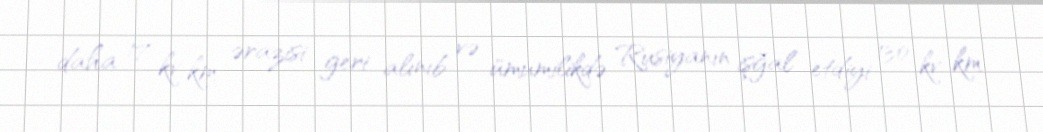
daha 17 kv km ərazisi geri alınıb və ümumilikdə Rusiyanın işğal etdiyi 130 kv km